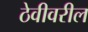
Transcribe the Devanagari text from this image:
ठेवीवरील